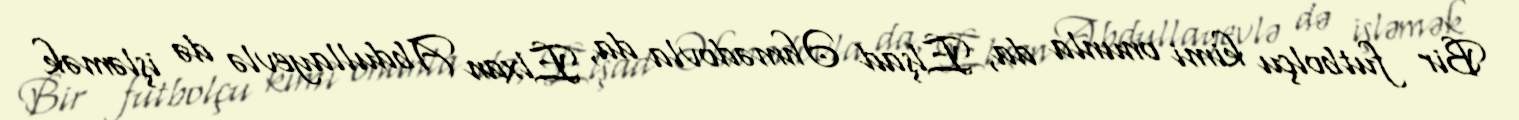
Bir futbolçu kimi onunla da, Elşad Əhmədovla da, Elxan Abdullayevlə də işləmək